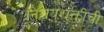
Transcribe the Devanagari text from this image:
निश्चयशक्तीची